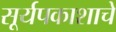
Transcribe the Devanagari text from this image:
सूर्यपकाशाचे